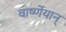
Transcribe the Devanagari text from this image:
वार्ष्णेयान्‌